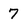
Character: 7